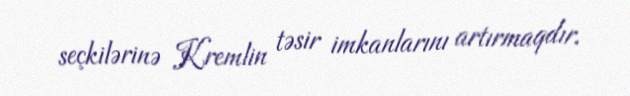
seçkilərinə Kremlin təsir imkanlarını artırmaqdır.